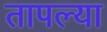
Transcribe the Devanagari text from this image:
तापल्या